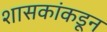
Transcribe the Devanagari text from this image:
शासकांकडून